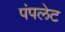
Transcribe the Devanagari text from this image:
पंपलेट